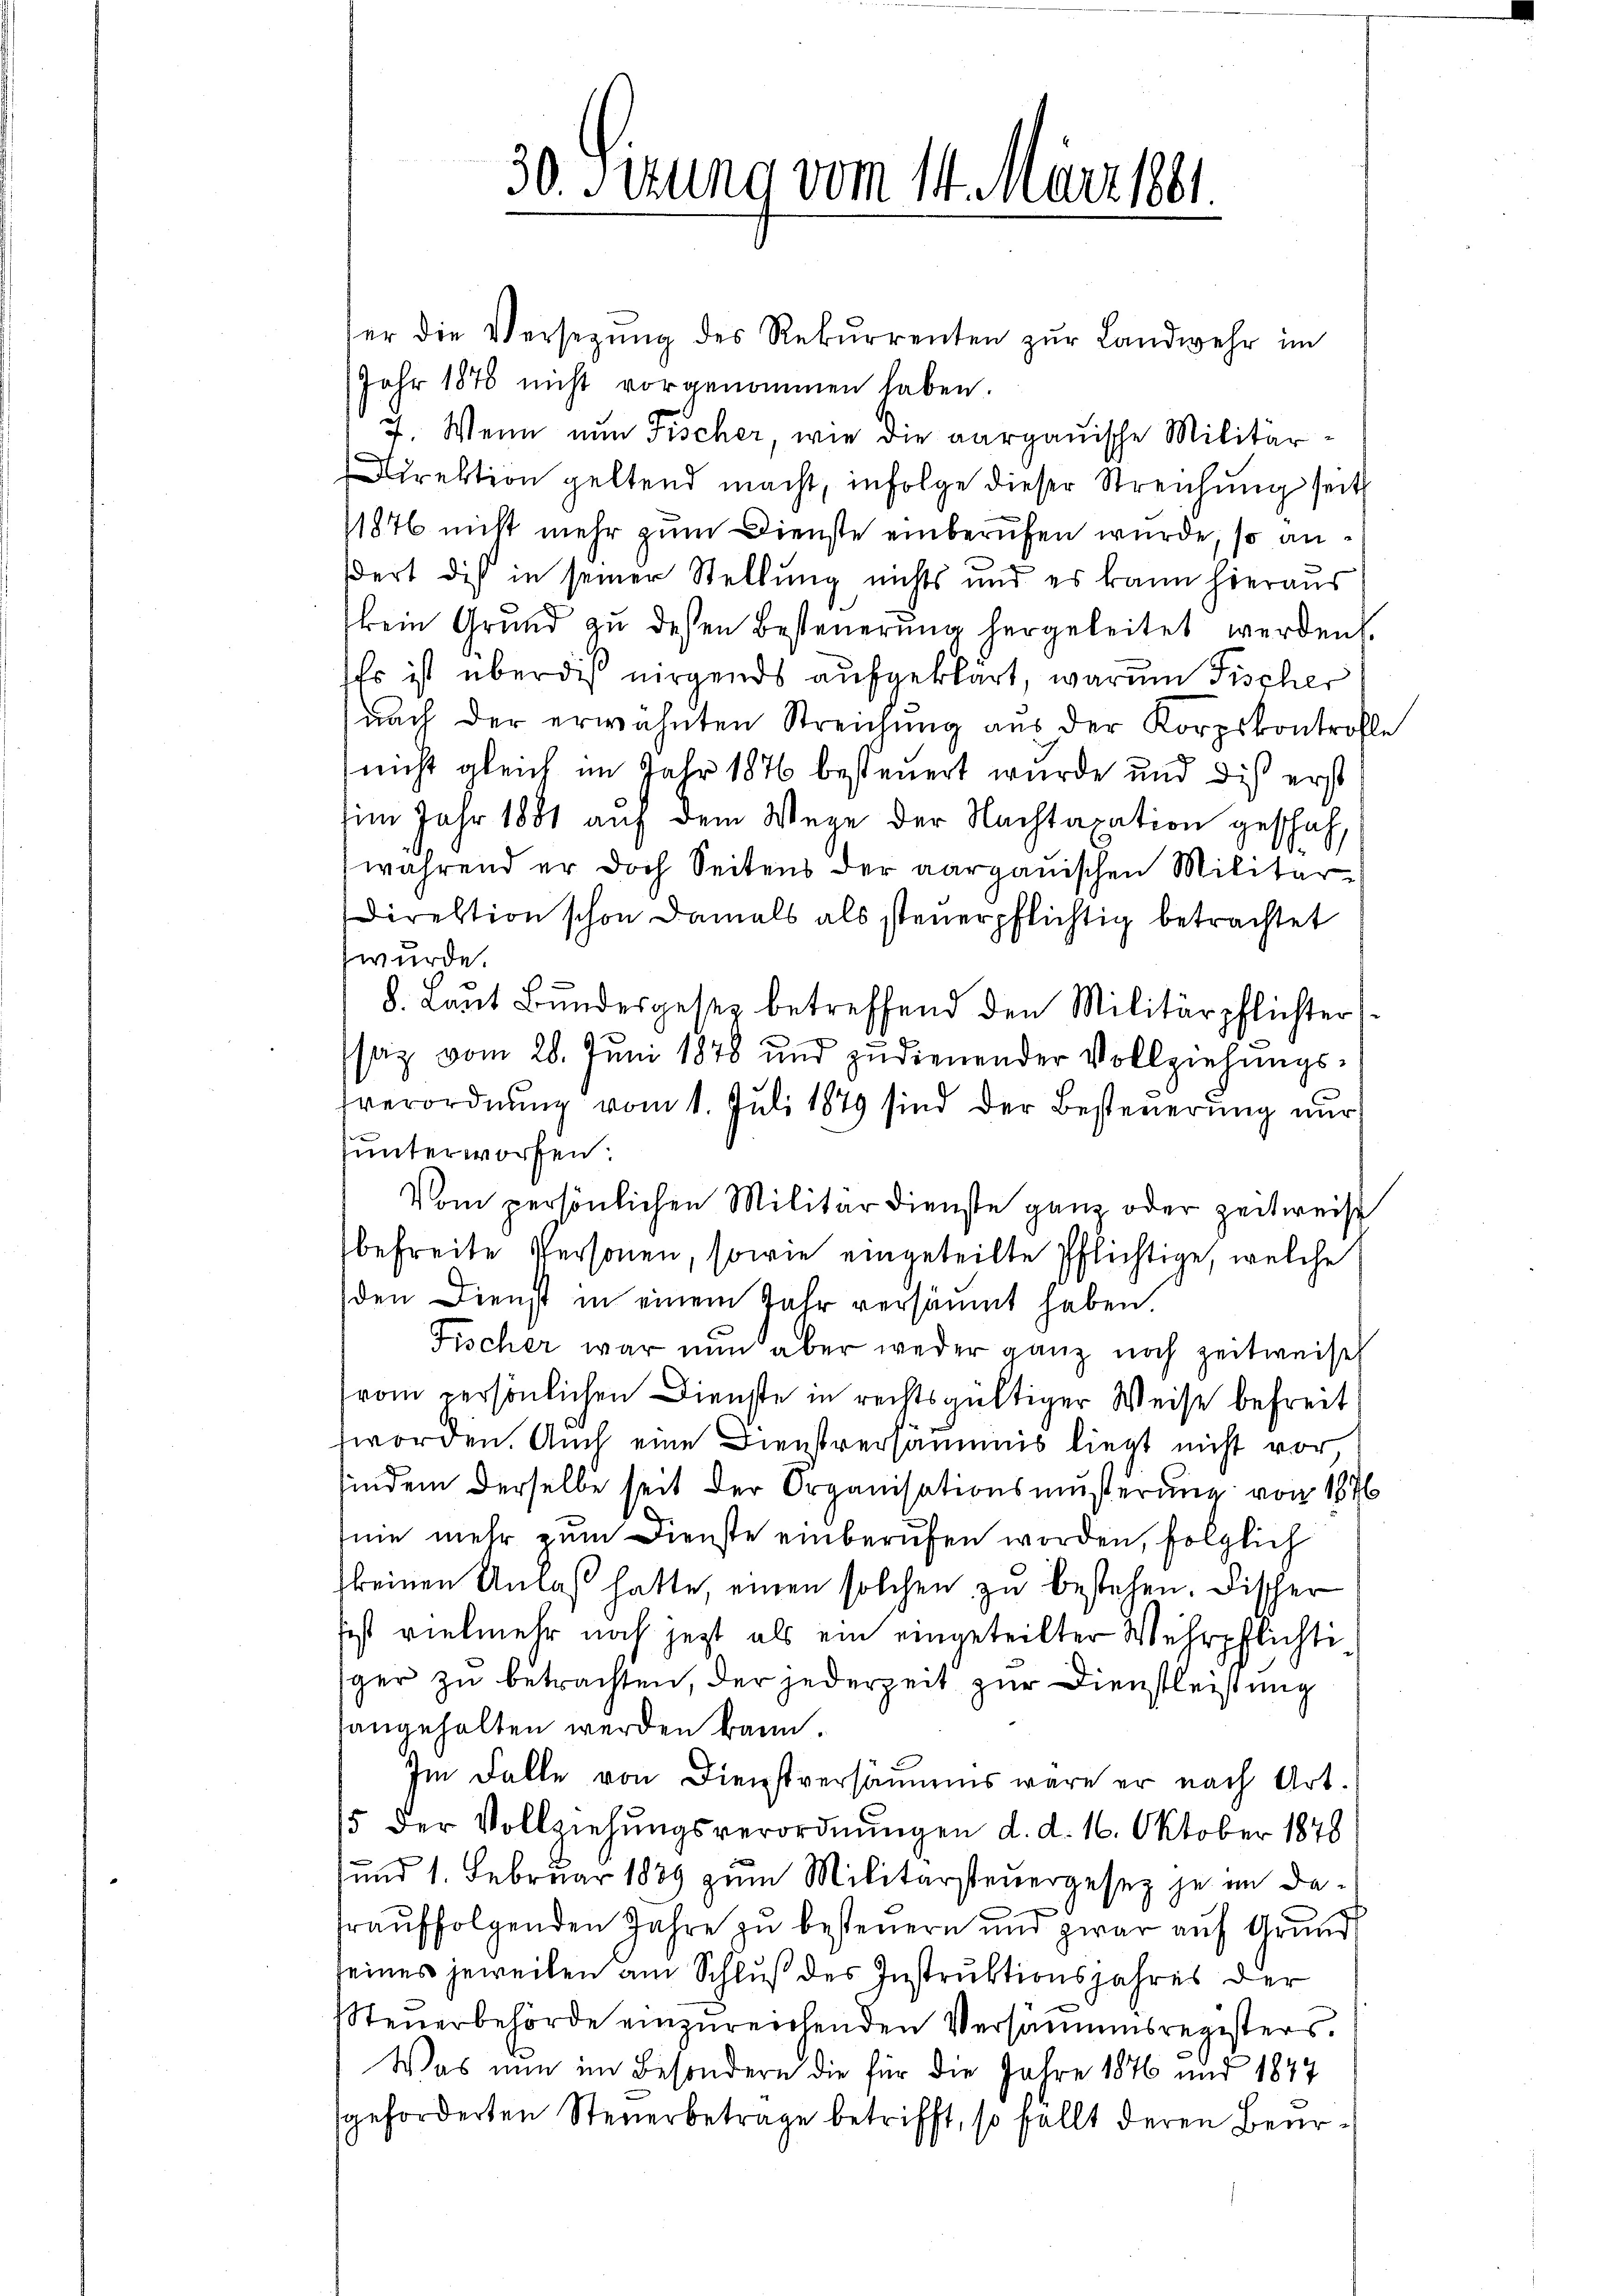
30. Sizung vom 14. März 1881

er die Versetzŭng des Rekurrenten zŭr Landwehr im
Jahr 1878 nicht vorgenommen haben.
7. Wenn nun Fischer, wie die aargauische Militär-
Direktion geltend macht, infolge dieser Streichung seit
11876 nicht mehr zum Dienste einberufen wurde, so anßert dis in seiner Stellung nichts und es kann hieraus
kein Grund zŭ dessen Besteŭerŭng hergeleitet werden.
Es ist überdieß nirgends aufgeklärt, warum Fischer
nach der erwähnten Streichŭng aus der Korpskontrolle
(nicht gleich im Jahr 1876 besteuert wurde und die erst
um Jahr 1881 auf dem Wege der Nachtaxation geschah,
während er doch Seitens der aargauischen Militär-
Direktion schon damals als steuerpflichtig betrachtet
wurde.
8. Laŭt Bŭndesgesez betreffend den Militärpflichter
saz vom 28. Juni 1878 und zudienender Vollziehŭngs-
sverordnung vom 1. Juli 1879 sind der Besteuerung nur
unterworfen:
Vom persönlichen Militärdienste ganz oder zeitweise
befreite Personen, sowie eingeteilte Pflichtige, welche
den Dienst in einem Jahr versäumt haben
Fischer war nun aber weder ganz noch zeitweise
vom persönlichen Dienste in rechtsgültiger Weise befreit
worden. Auch eine Dienstversäumis liegt nicht vor
findem derselbe seit der Organisationsmusterung von 1876
nie mehr zum Dienste einberufen worden, folglich
keinen Anlaß hatte, einen solchen zu bestehen. Fischer
ist vielmehr noch jetzt als ein eingeteilter Wehrpflichti
ger zu betrachten, der jederzeit zur Dienstleitung
angehalten werden kann.
Im Falle von Dienstversäumens wäre er nach Art.
15 der Vollziehungsverordnŭngen d. d. 16. Oktober 1848
und 1. Februar 1839 zum Militärsteuergesez je in da-
fraŭffolgenden Jahre zŭ besteuern und zwar aŭf Grund
seines jeweilen am Schluß des Instruktionsjahres der
Steuerbehörde einzureichenden Versäumensregisters.
Was nun im Besondern die für die Jahre 1876 und 1847
geforderten Steuerbetrage betrifft, so fällt deren Beur¬